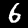
Label: 6